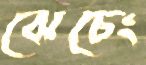
ঝেচেং